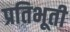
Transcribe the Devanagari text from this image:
प्रतिभूती